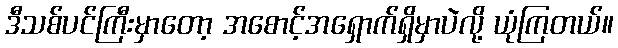
ဒီသစ်ပင်ကြီးမှာတော့ အစောင့်အရှောက်ရှိမှာပဲလို့ ယုံကြတယ်။